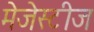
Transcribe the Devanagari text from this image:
मेजेस्टीज